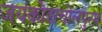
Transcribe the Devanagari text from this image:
जयंकोडाचोलपुरम